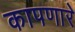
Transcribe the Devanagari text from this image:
कापणारे